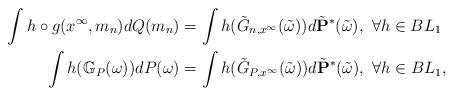
LaTeX: \begin{align*}\int h\circ g(x^\infty,m_n)dQ(m_n)&=\int h(\tilde G_{n,x^\infty}(\tilde \omega))d\tilde{\mathbf P}^*(\tilde\omega),~\forall h\in BL_1\\\int h(\mathbb G_P(\omega))dP(\omega)&=\int h(\tilde G_{P,x^\infty}(\tilde \omega))d\tilde{\mathbf P}^*(\tilde\omega),~\forall h\in BL_1,\end{align*}